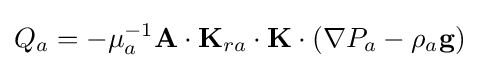
Q_{a}=-\mu _{a}^{-1}\mathbf {A} \cdot \mathbf {K} _{ra}\cdot \mathbf {K} \cdot \left(\nabla P_{a}-\rho _{a}\mathbf {g} \right)